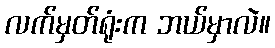
လက်မှတ်ရုံးက ဘယ်မှာလဲ။